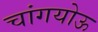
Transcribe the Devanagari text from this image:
चांगयोऊ